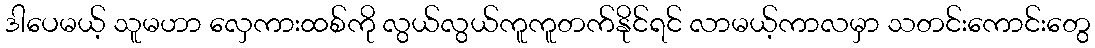
ဒါပေမယ့် သူမဟာ လှေကားထစ်ကို လွယ်လွယ်ကူကူတက်နိုင်ရင် လာမယ့်ကာလမှာ သတင်းကောင်းတွေ